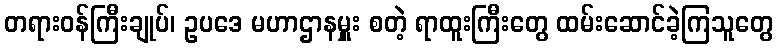
တရားဝန်ကြီးချုပ်၊ ဥပဒေ မဟာဌာနမှူး စတဲ့ ရာထူးကြီးတွေ ထမ်းဆောင်ခဲ့ကြသူတွေ